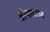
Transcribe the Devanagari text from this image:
श्रीपादराव